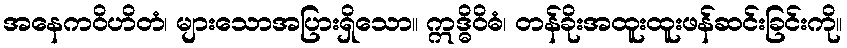
အနေကဝိဟိတံ၊ များသောအပြားရှိသော။ ဣဒ္ဓိဝိဓံ၊ တန်ခိုးအထူးထူးဖန်ဆင်းခြင်းကို။